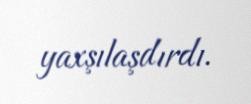
yaxşılaşdırdı.